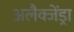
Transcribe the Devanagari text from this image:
अलैक्जेंड्रा